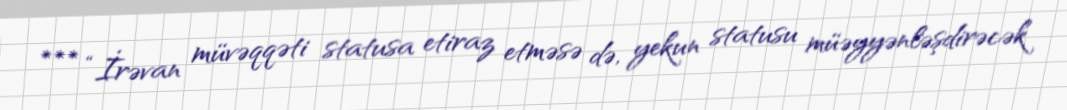
*** “İrəvan müvəqqəti statusa etiraz etməsə də, yekun statusu müəyyənləşdirəcək